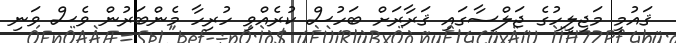
ޤައުމީ މަޖިލީހުގެ ޖަލްސާގައި ޤަރާރަށް ބަހުސް ކުރެއްވި ހުރިހާ މެންބަރުން ވެސް ވަނި